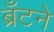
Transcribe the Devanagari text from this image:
ब्रँटने